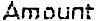
AMOUNT